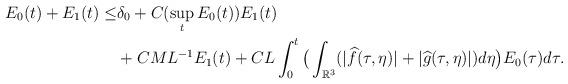
LaTeX: \begin{align*}E_0(t)+E_1(t) \leq& \delta_0+C (\sup_t E_0(t))E_1(t) \\&+CML^{-1} E_1(t)+CL \int_0^t \big{(}\int_{\mathbb{R}^3}(|\widehat{f}(\tau,\eta)|+|\widehat{g}(\tau,\eta)| )d\eta \big{)}E_0(\tau)d\tau.\end{align*}